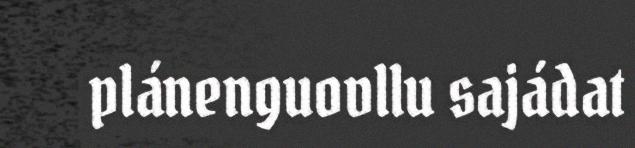
plánenguovllu sajádat